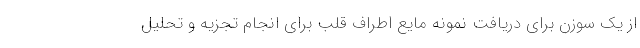
از یک سوزن برای دریافت نمونه مایع اطراف قلب برای انجام تجزیه و تحلیل